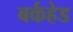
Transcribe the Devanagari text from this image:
बर्कहेड